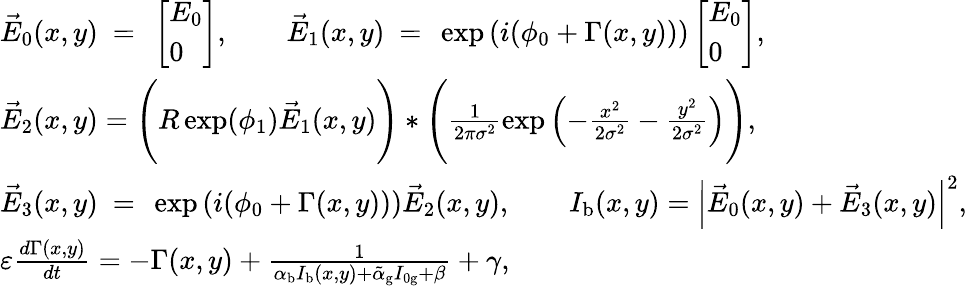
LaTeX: \begin{array}{l}{\vec{E}_{0}(x,y)~=~\left[\begin{array}{l}{E_{0}}\\ {0}\end{array}\right],\quad\quad\vec{E}_{1}(x,y)~=~\exp\left(i(\phi_{0}+\Gamma(x,y))\right)\left[\begin{array}{l}{E_{0}}\\ {0}\end{array}\right],}\\ {\vec{E}_{2}(x,y)=\Bigg(R\exp(\phi_{1})\vec{E}_{1}(x,y)\Bigg)\ast\Bigg(\frac{1}{2\pi\sigma^{2}}\exp\left(-\frac{x^{2}}{2\sigma^{2}}-\frac{y^{2}}{2\sigma^{2}}\right)\Bigg),}\\ {\vec{E}_{3}(x,y)~=~\exp\left(i(\phi_{0}+\Gamma(x,y))\right)\vec{E}_{2}(x,y),\quad\quad I_{\mathrm{b}}(x,y)=\left|\vec{E}_{0}(x,y)+\vec{E}_{3}(x,y)\right|^{2},}\\ {\varepsilon\frac{d\Gamma(x,y)}{dt}=-\Gamma(x,y)+\frac{1}{\alpha_{\mathrm{b}}I_{\mathrm{b}}(x,y)+\tilde{\alpha}_{\mathrm{g}}I_{\mathrm{0g}}+\beta}+\gamma,}\end{array}